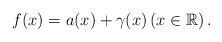
LaTeX: \begin{align*} f(x)=a(x)+\gamma(x) \left(x\in \mathbb{R}\right). \end{align*}